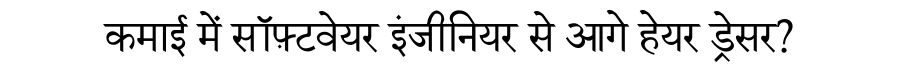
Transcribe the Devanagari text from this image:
कमाई में सॉफ़्टवेयर इंजीनियर से आगे हेयर ड्रेसर?